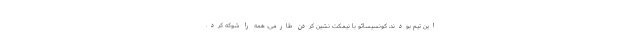
این تیم بودند، کونسیسائو با نیمکت نشین کردن طارمی، همه را شوکه کرد.